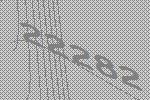
22282